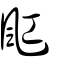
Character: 䫹